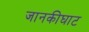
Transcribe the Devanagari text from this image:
जानकीघाट